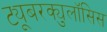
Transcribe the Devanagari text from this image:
ट्यूबरक्युलॉसिस